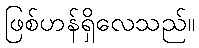
ဖြစ်ဟန်ရှိလေသည်။